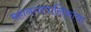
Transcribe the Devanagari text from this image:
महानगरपालिकांचा